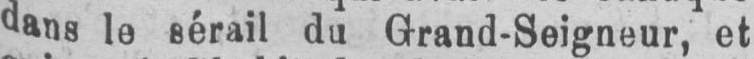
dans le sérail du Grand-Seigneur, et